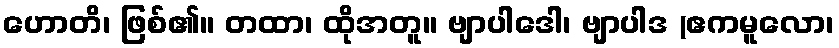
ဟောတိ၊ ဖြစ်၏။ တထာ၊ ထိုအတူ။ ဗျာပါဒေါ၊ ဗျာပါဒ (ဧကမူလော၊